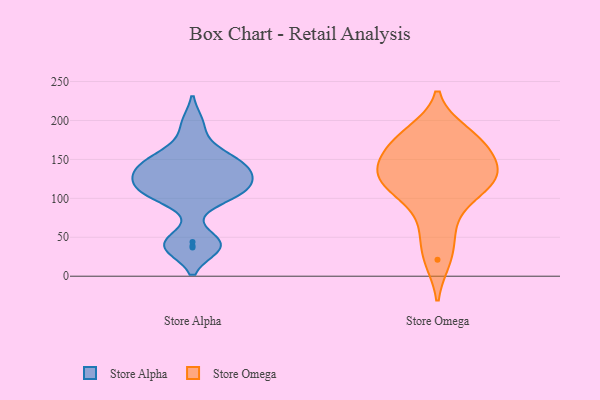
{"axis": {"x": "Page Views", "y": "Value"}, "legend": ["Store Alpha", "Store Omega"], "data": [{"x": "", "y": 140, "type": "Store Alpha"}, {"x": "", "y": 110, "type": "Store Alpha"}, {"x": "", "y": 129, "type": "Store Alpha"}, {"x": "", "y": 161, "type": "Store Alpha"}, {"x": "", "y": 196, "type": "Store Alpha"}, {"x": "", "y": 102, "type": "Store Alpha"}, {"x": "", "y": 37, "type": "Store Alpha"}, {"x": "", "y": 139, "type": "Store Alpha"}, {"x": "", "y": 151, "type": "Store Alpha"}, {"x": "", "y": 39, "type": "Store Alpha"}, {"x": "", "y": 107, "type": "Store Alpha"}, {"x": "", "y": 130, "type": "Store Alpha"}, {"x": "", "y": 44, "type": "Store Alpha"}, {"x": "", "y": 111, "type": "Store Alpha"}, {"x": "", "y": 185, "type": "Store Omega"}, {"x": "", "y": 125, "type": "Store Omega"}, {"x": "", "y": 123, "type": "Store Omega"}, {"x": "", "y": 92, "type": "Store Omega"}, {"x": "", "y": 147, "type": "Store Omega"}, {"x": "", "y": 21, "type": "Store Omega"}, {"x": "", "y": 120, "type": "Store Omega"}, {"x": "", "y": 55, "type": "Store Omega"}, {"x": "", "y": 169, "type": "Store Omega"}, {"x": "", "y": 177, "type": "Store Omega"}, {"x": "", "y": 124, "type": "Store Omega"}, {"x": "", "y": 152, "type": "Store Omega"}]}